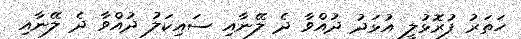
ހަތަރު ފުރޮޅުލީ އުޅަދު ދުއްވާ ދެ ލޭނާއި ސައިކަލު ދުއްވާ ދެ ލޭނާއި